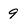
Character: 9